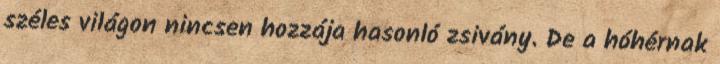
széles világon nincsen hozzája hasonló zsivány. De a hóhérnak